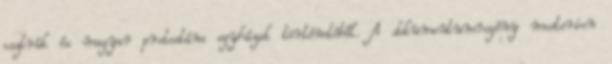
osztrák és magyar protestáns egyházak történetéből. A dokumentumregény mesterien